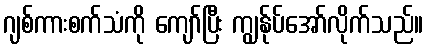
ဂျစ်ကားစက်သံကို ကျော်ပြီး ကျွန်ုပ်အော်လိုက်သည်။